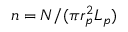
n = N / ( \pi r _ { p } ^ { 2 } L _ { p } )